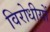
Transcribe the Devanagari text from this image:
विरोधीयों